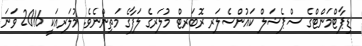
ޑިޕާޓްމަންޓްގެ ސްޕެޝަލް ކައުންސެލަރ ރޮބަރޓް މުލަރގެ ލަފާގެ މަތިންނެވެ. މުލަރއަކީ 2016 ވަނަ